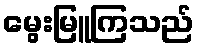
မွေးမြူကြသည်